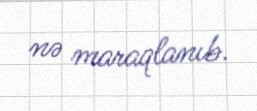
nə maraqlanıb.